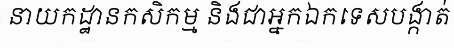
នាយកដ្ឋានកសិកម្ម និងជាអ្នកឯកទេសបង្កាត់